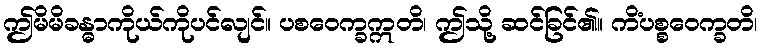
ဤမိမိခန္ဓာကိုယ်ကိုပင်လျင်။ ပစဝေက္ခဣတိ၊ ဤသို့ ဆင်ခြင်၏။ ကိံပစ္စဝေက္ခတိ၊